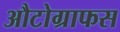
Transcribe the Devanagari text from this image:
औटोग्राफस